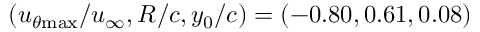
( u _ { \theta \mathrm { { m a x } } } / u _ { \infty } , R / c , y _ { 0 } / c ) = ( - 0 . 8 0 , 0 . 6 1 , 0 . 0 8 )